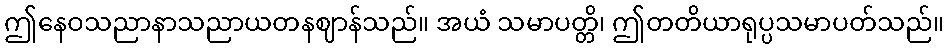
ဤနေဝသညာနာသညာယတနဈာန်သည်။ အယံ သမာပတ္တိ၊ ဤတတိယာရုပ္ပသမာပတ်သည်။